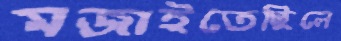
মজাইতেছিলে